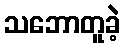
သဘောတူခဲ့